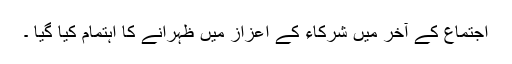
اجتماع کے آخر میں شرکاء کے اعزاز میں ظہرانے کا اہتمام کیا گیا ۔